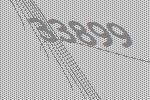
33899